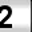
Digit: 2